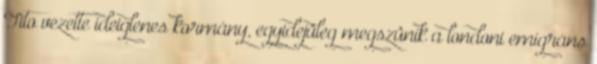
Tito vezette ideiglenes kormány, egyidejûleg megszûnik a londoni emigráns